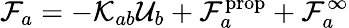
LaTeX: \mathcal{F}_{a}=-\mathcal{K}_{ab}\mathcal{U}_{b}+\mathcal{F}_{a}^{\textrm{prop}}+\mathcal{F}_{a}^{\infty}